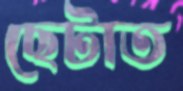
ছেটাত